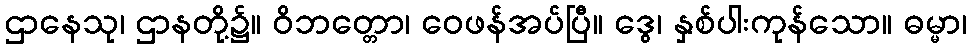
ဌာနေသု၊ ဌာနတို့၌။ ဝိဘတ္တော၊ ဝေဖန်အပ်ပြီ။ ဒွေ၊ နှစ်ပါးကုန်သော။ ဓမ္မာ၊